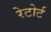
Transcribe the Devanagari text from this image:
रेटोर्ट